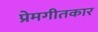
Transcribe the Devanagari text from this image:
प्रेमगीतकार